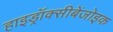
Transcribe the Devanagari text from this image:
हाइड्रॉक्सीबेंजोइक